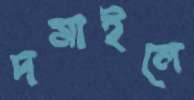
দমাইলে